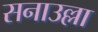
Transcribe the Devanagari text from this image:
सनाउल्ला